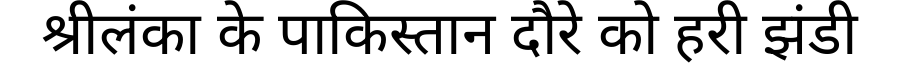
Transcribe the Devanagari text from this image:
श्रीलंका के पाकिस्तान दौरे को हरी झंडी